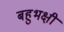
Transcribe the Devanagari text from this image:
बहुभक्षी